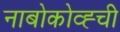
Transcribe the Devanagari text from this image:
नाबोकोव्ह्ची